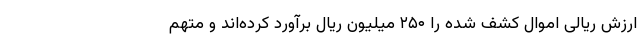
ارزش ریالی اموال کشف شده را ۲۵۰ میلیون ریال برآورد کرده‌اند و متهم